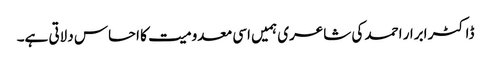
ڈاکٹر ابرار احمد کی شاعری ہمیں اسی معدومیت کا احساس دلاتی ہے۔